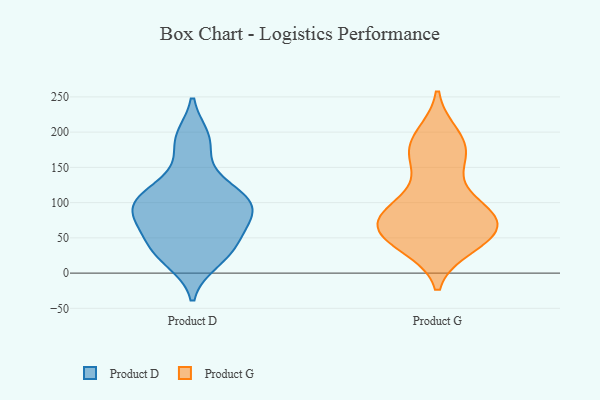
{"axis": {"x": "Population (Million)", "y": "Value"}, "legend": ["Product D", "Product G"], "data": [{"x": "", "y": 70, "type": "Product D"}, {"x": "", "y": 17, "type": "Product D"}, {"x": "", "y": 112, "type": "Product D"}, {"x": "", "y": 31, "type": "Product D"}, {"x": "", "y": 186, "type": "Product D"}, {"x": "", "y": 192, "type": "Product D"}, {"x": "", "y": 61, "type": "Product D"}, {"x": "", "y": 28, "type": "Product D"}, {"x": "", "y": 101, "type": "Product D"}, {"x": "", "y": 87, "type": "Product D"}, {"x": "", "y": 136, "type": "Product D"}, {"x": "", "y": 95, "type": "Product D"}, {"x": "", "y": 107, "type": "Product D"}, {"x": "", "y": 90, "type": "Product D"}, {"x": "", "y": 46, "type": "Product D"}, {"x": "", "y": 89, "type": "Product G"}, {"x": "", "y": 191, "type": "Product G"}, {"x": "", "y": 67, "type": "Product G"}, {"x": "", "y": 184, "type": "Product G"}, {"x": "", "y": 56, "type": "Product G"}, {"x": "", "y": 44, "type": "Product G"}, {"x": "", "y": 70, "type": "Product G"}, {"x": "", "y": 69, "type": "Product G"}, {"x": "", "y": 90, "type": "Product G"}, {"x": "", "y": 47, "type": "Product G"}, {"x": "", "y": 39, "type": "Product G"}, {"x": "", "y": 80, "type": "Product G"}, {"x": "", "y": 163, "type": "Product G"}, {"x": "", "y": 195, "type": "Product G"}, {"x": "", "y": 65, "type": "Product G"}, {"x": "", "y": 161, "type": "Product G"}, {"x": "", "y": 98, "type": "Product G"}, {"x": "", "y": 160, "type": "Product G"}, {"x": "", "y": 47, "type": "Product G"}, {"x": "", "y": 98, "type": "Product G"}]}